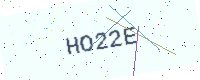
Text: HO22E